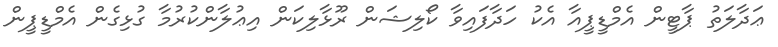
ޢަދާލަތު ޕާޓީން އެމްޑީޕީއާ އެކު ހަދާފައިވާ ކޯލިޝަން ރޫޅާލިކަން އިޢުލާންކުރުމާ ގުޅިގެން އެމްޑީޕީން